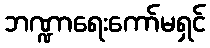
ဘဏ္ဍာရေးကော်မရှင်